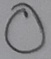
Text: O